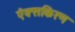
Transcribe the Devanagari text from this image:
ऐक्सकिरण